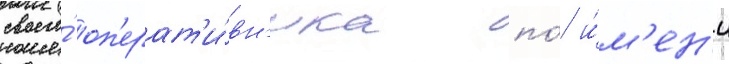
своего́ оп'ерат'и́вн'ика по́ и́м'ен'и